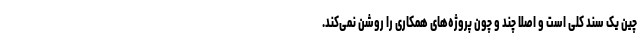
چین یک سند کلی است و اصلا چند و چون پروژه‌های همکاری را روشن نمی‌کند.